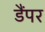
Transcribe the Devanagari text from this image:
डैंपर